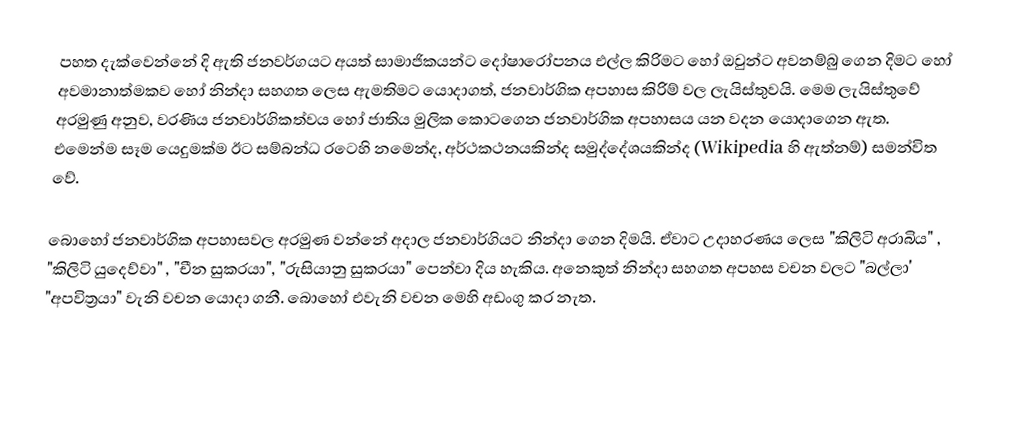
පහත දැක්වෙන්නේ දි ඇති ජනවර්ගයට අයත් සාමාජිකයන්ට දෝෂාරෝපනය එල්ල කිරිමට හෝ ඔවුන්ට අවනම්බු ගෙන දිමට හෝ අවමානාත්මකව හෝ නින්දා සහගත ලෙස ඇමතිමට යොදාගත්, ජනවාර්ගික අපහාස කිරිම් වල ලැයිස්තුවයි. මෙම ලැයිස්තුවේ අරමුණු අනුව, වරණිය ජනවාර්ගිකත්වය හෝ ජාතිය මුලික කොටගෙන ජනවාර්ගික අපහාසය යන වදන යොදාගෙන ඇත. එමෙන්ම සෑම යෙදුමක්ම ඊට සම්බන්ධ රටෙහි නමෙන්ද, අර්ථකථනයකින්ද සමුද්දේශයකින්ද (Wikipedia හි ඇත්නම්) සමන්විත වේ.

බොහෝ ජනවාර්ගික අපහාසවල අරමුණ වන්නේ අදාල ජනවාර්ගියට නින්දා ගෙන දිමයි. ඒවාට උදාහරණය ලෙස "කිලිටි අරාබිය" , "කිලිටි යුදෙව්වා" , "චීන සුකරයා", "රුසියානු සුකරයා" පෙන්වා දිය හැකිය. අනෙකුත් නින්දා සහගත අපහස වචන වලට "බල්ලා' "අපවිත්‍රයා" වැනි වචන යොදා ගනී. බොහෝ එවැනි වචන මෙහි අඩංගු කර නැත.